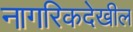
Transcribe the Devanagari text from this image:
नागरिकदेखील